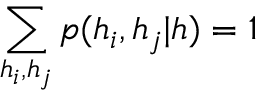
\sum _ { h _ { i } , h _ { j } } p ( h _ { i } , h _ { j } | h ) = 1